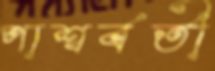
পাশ্বর্বর্তী